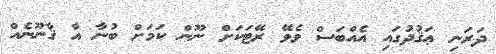
ދަރަނި ޢަޤުދުގައި އެއްބަސް ވެވޭ ރޭޓަކަށް ނޫން ކަމަށް ބުނާ އާ ޤާނޫނެއް